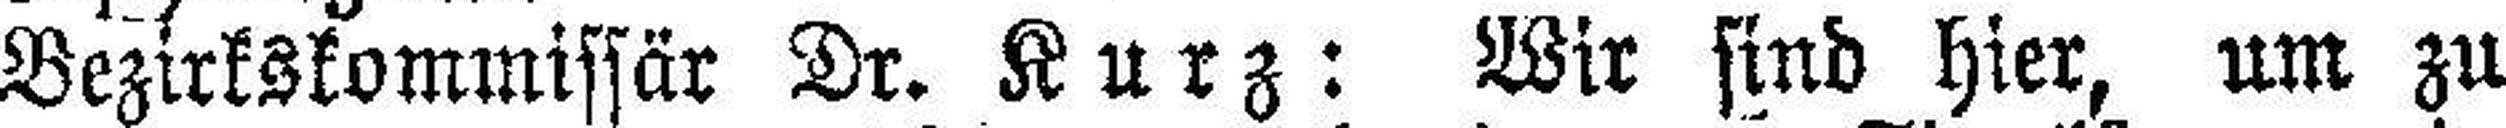
Bezirkskommissär Dr. Kurz: Wir sind hier, um zu